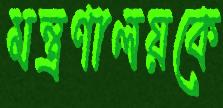
মন্ত্রণালয়কে